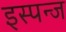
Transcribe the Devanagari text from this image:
इस्पन्ज